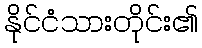
နိုင်ငံသားတိုင်း၏